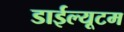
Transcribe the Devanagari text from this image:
डाईल्यूटम